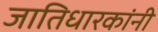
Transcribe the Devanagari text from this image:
जातिधारकांनी